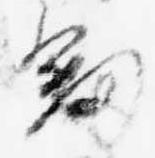
剣